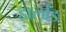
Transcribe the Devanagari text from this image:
हार्लांड